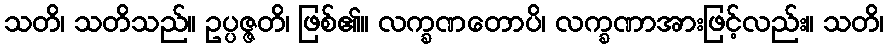
သတိ၊ သတိသည်။ ဥပ္ပဇ္ဇတိ၊ ဖြစ်၏။ လက္ခဏတောပိ၊ လက္ခဏာအားဖြင့်လည်း။ သတိ၊